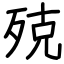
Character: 殑